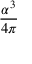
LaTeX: \frac { \alpha ^ { 3 } } { 4 \pi }